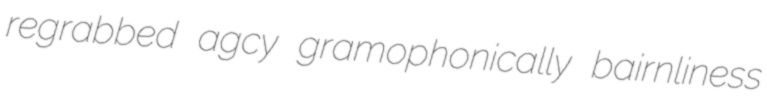
regrabbed agcy gramophonically bairnliness